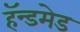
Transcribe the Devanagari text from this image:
हॅन्डमेड